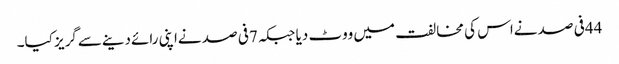
44فی صد نےاس کی مخالفت میں ووٹ دیا جبکہ 7فی صد نےاپنی رائےدینےسےگریز کیا۔